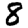
Digit: 8